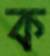
ক